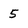
Character: 5